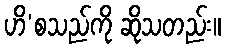
ဟိ’စသည်ကို ဆိုသတည်း။